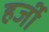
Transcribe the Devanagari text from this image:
हर्जी